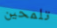
تلمحين